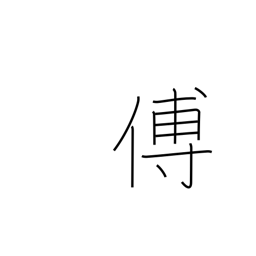
Meaning: tutor